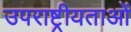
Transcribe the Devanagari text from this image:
उपराष्ट्रीयताओं